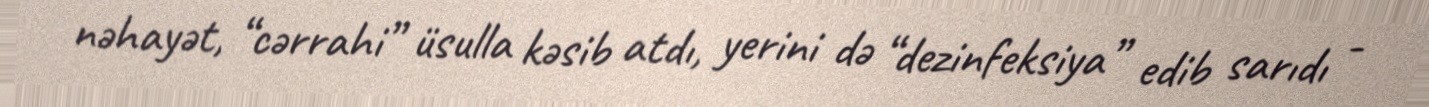
nəhayət, “cərrahi” üsulla kəsib atdı, yerini də “dezinfeksiya” edib sarıdı -